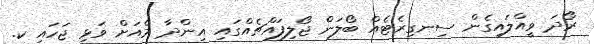
ރޯދަ ވީއްލައިގެން ސިނގިރެޓެއް ބޯލަން ޖޯލިފައްޗެއްގައި އިންދާ މެއަށް ވަޅި ޖަހައި ކ.